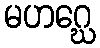
မဟဂ္ဃေ